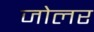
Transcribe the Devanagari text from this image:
जोलर